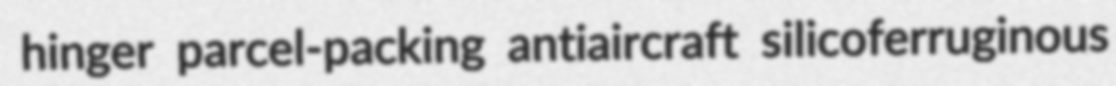
hinger parcel-packing antiaircraft silicoferruginous